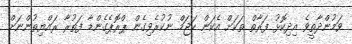
ވަމުންދާތީވެ އިދިކޮޅު ފަރާތް ތަކަށް އެކަން ހަޖަމް ނުކުރެވިގެން ޕްރޮޕެގެންޑާ ފަތުރާ ރައްޔިތުންނަށް